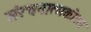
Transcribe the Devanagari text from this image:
संरचनात्मकोत्तर